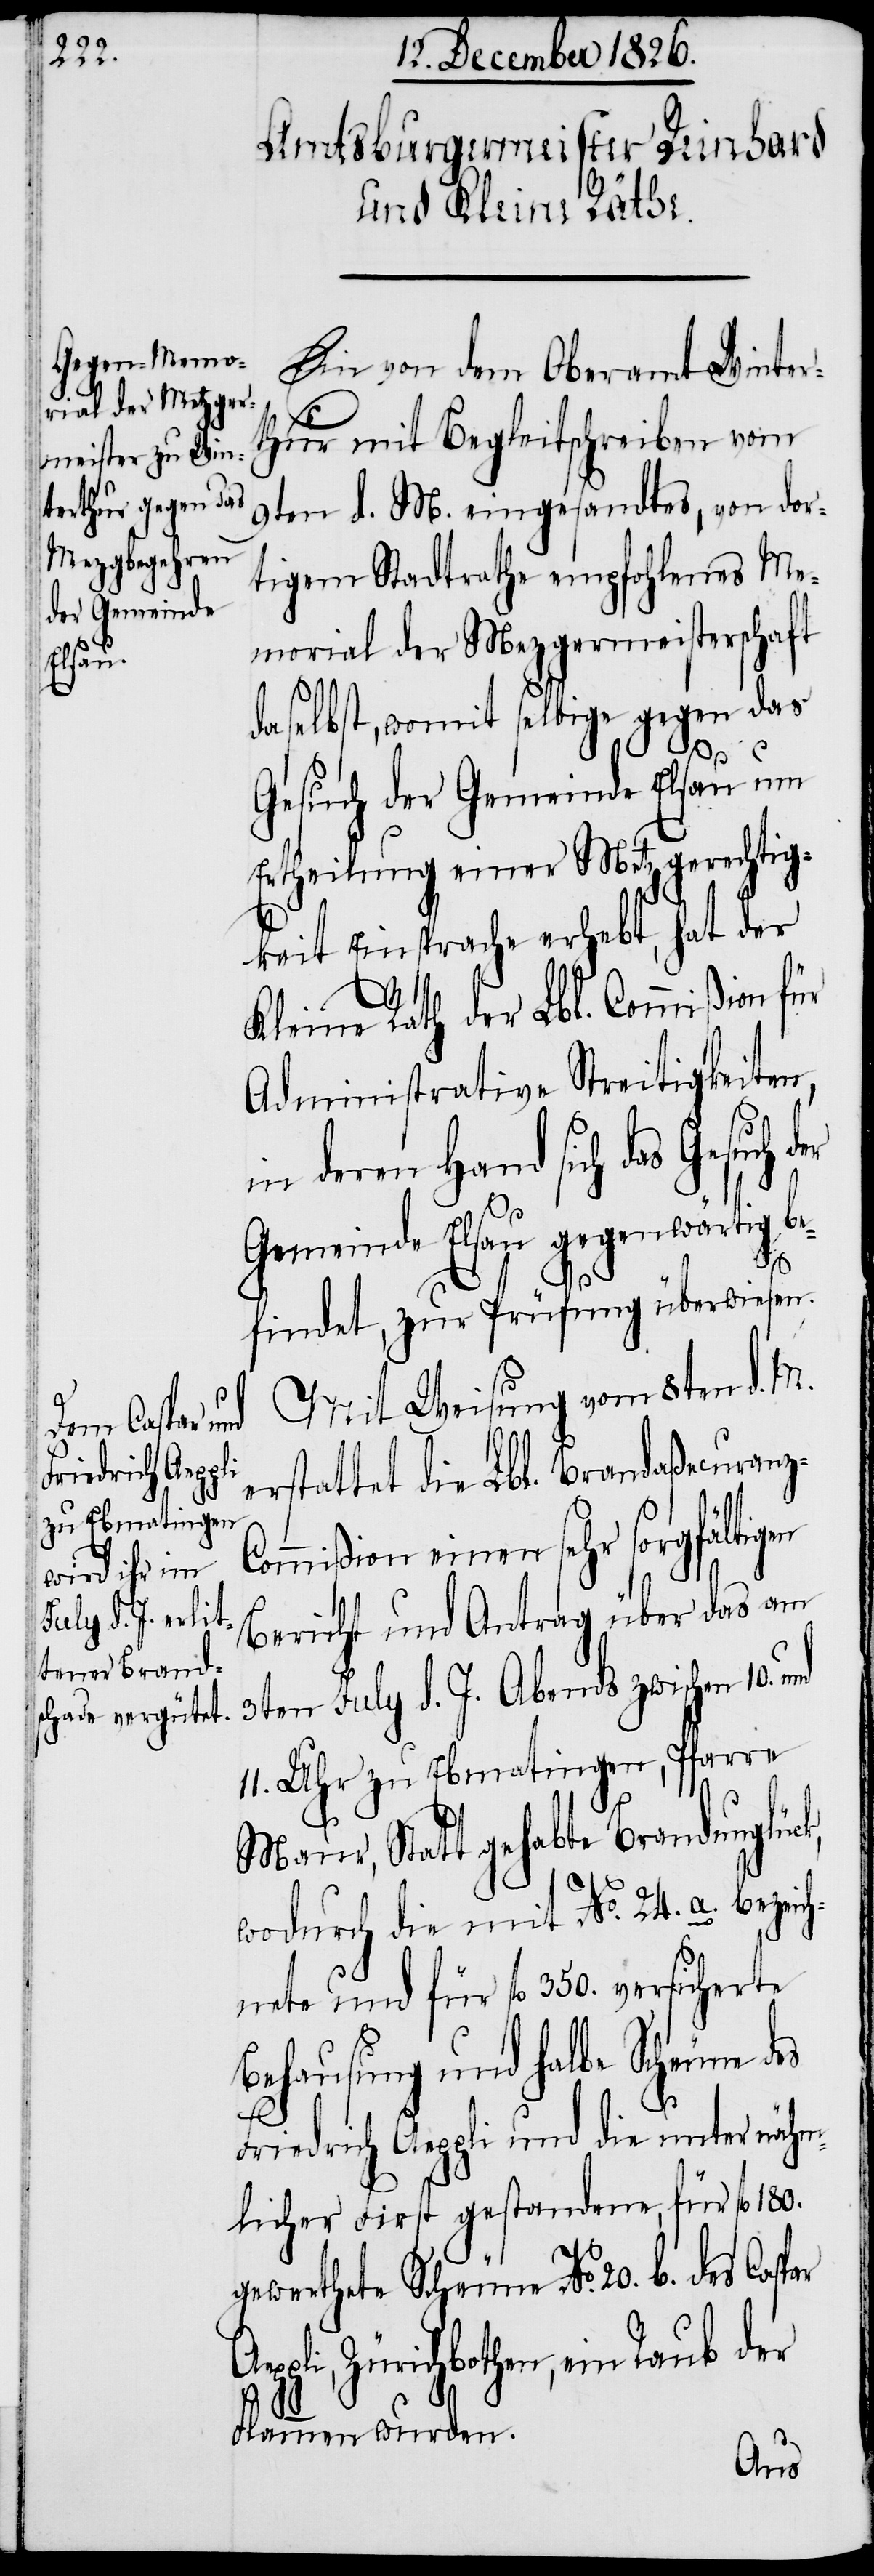
Ein von dem Oberamt Winter¬
thur mit Begleitschreiben vom
9ten d. M. eingesandtes, von dor¬
tigem Stadtrathe empfohlenes Me¬
morial der Mezgermeisterschaft
daselbst, womit selbige gegen das
Gesuch der Gemeinde Elsau um
Ertheilung einer Metzgerechtig¬
keit Einsprache erhebt, hat der
Kleine Rath der Lbl. Commißion für
Administrative Streitigkeiten,
in deren Hand sich das Gesuch
Gemeinde Elsau gegenwärtig b¬
efindet, zur Prüfung überwiesen.
Mit Weisung vom 8ten d. M.
erstattet die Lbl. Brandaßecuranz-C¬
ommißion einen sehr sorgfältigen
Bericht und Antrag über das am
3ten July d. J. Abends zwischen 10.
11. Uhr zu Ebmatingen, Pfarre
Maur, Statt gehabte Brandunglück,
wodurch die mit No. 24. a. bezeic¬
hnete und für fl. 350. versicherte
Behausung und halbe Scheune des
Friedrich Aeppli und die unter nähm¬
licher First gestandene, für fl. 180.
gewerthete Scheune No. 20. b. des
Zürichbothen, ein Raub der
Flammen wurden.